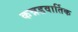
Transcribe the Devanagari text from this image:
कन्नडवार्तिक